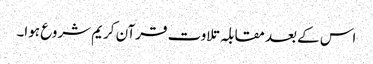
اس کے بعد مقابلہ تلاوت قرآن کریم شروع ہوا۔